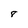
Character: 8